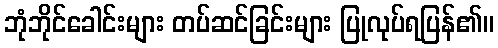
ဘုံဘိုင်ခေါင်းများ တပ်ဆင်ခြင်းများ ပြုလုပ်ရပြန်၏။